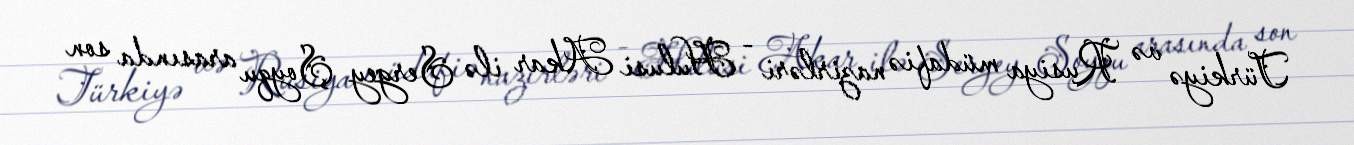
Türkiyə və Rusiya müdafiə nazirləri - Hulusi Akar ilə Sergey Şoyqu arasında son